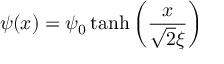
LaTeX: \psi ( x ) = \psi _ { 0 } \operatorname { t a n h } \left( { \frac { x } { { \sqrt { 2 } } \xi } } \right)